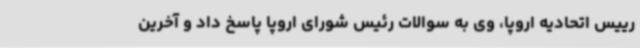
رییس اتحادیه اروپا، وی به سوالات رئیس شورای اروپا پاسخ داد و آخرین